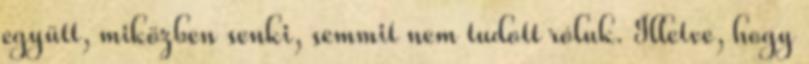
együtt, miközben senki, semmit nem tudott róluk. Illetve, hogy